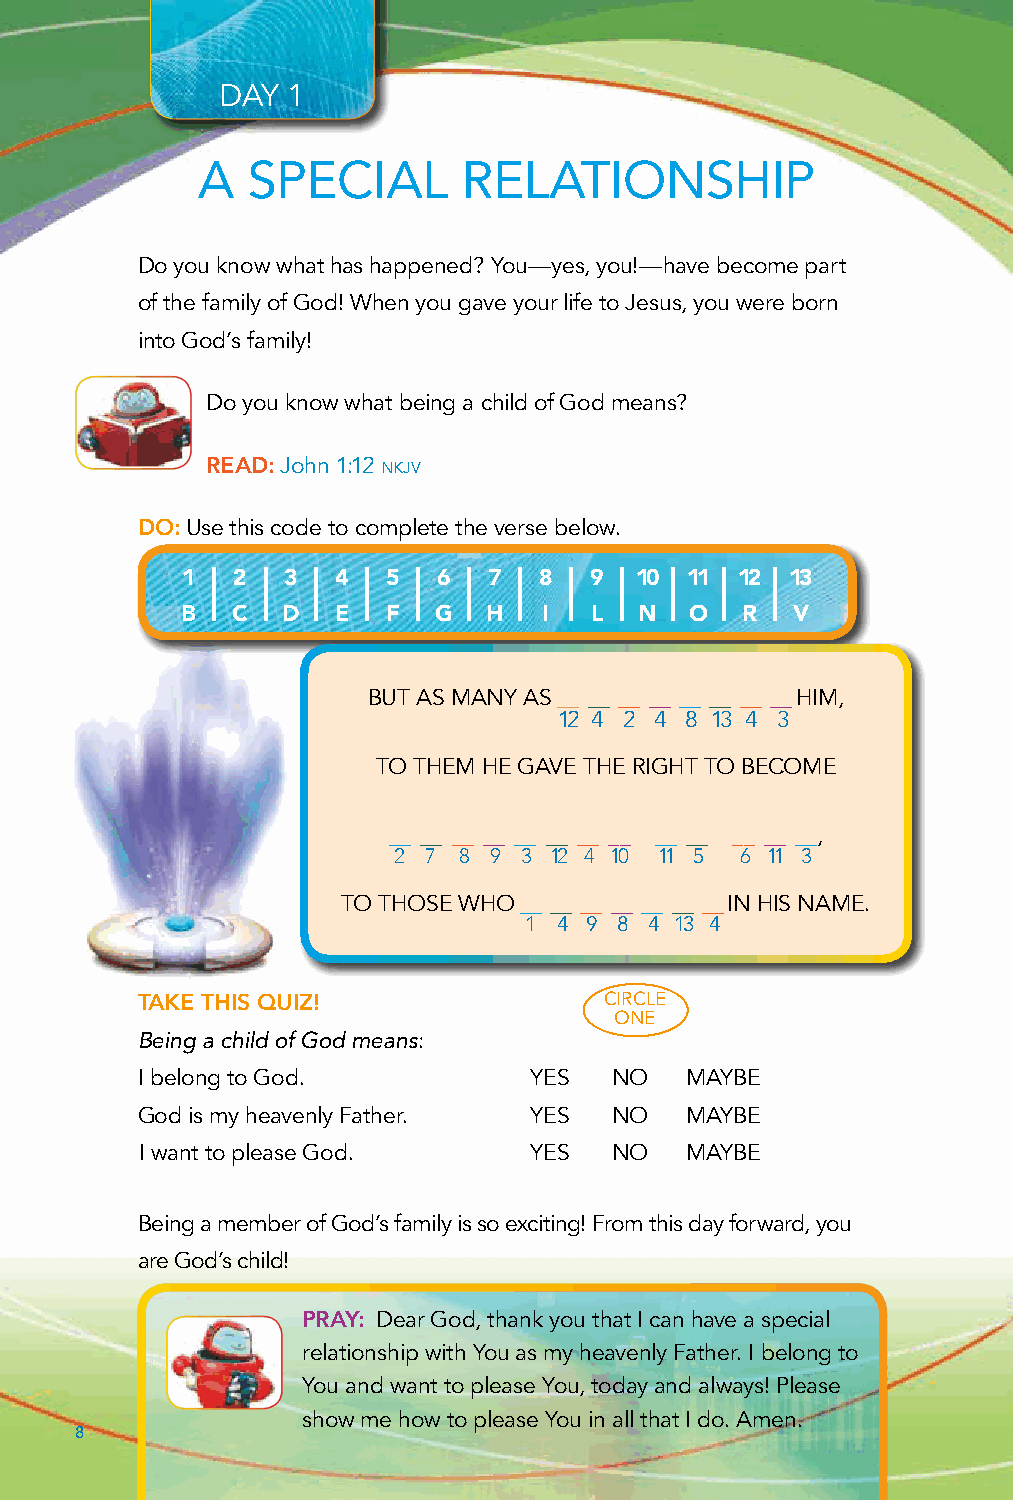
DAY 1
 A  SPECIAL        RELATIONSHIP
 Do you know what has happened? You—yes, you!—have become part
 of the family of God! When you gave your life to Jesus, you were born
 into God’s family!
 Do you know what being a child of God means?
 READ: John 1:12 nkjv
 DO: Use this code to complete the verse below.
 1  2   3  4   5  6  7   8  9  10 11  12 13
 B  C   D  E   F  G  H   I  L  N   O  R  V
 BUT AS MANY AS __ __ __ __ __ __ __ __ HIM,
 12 4 2 4 8 13 4 3
 TO THEM HE GAVE THE RIGHT TO BECOME
 __ __ __ __ __ __ __ __ __ __ __ __ __,
 2 7 8 9 3 12 4 10 11 5 6 11 3
 TO THOSE WHO __ __ __ __ __ __ __ IN HIS NAME.
 1 4 9 8 4 13 4
 TAKE THIS QUIZ!                CIRCLE
 ONE
 Being a child of God means:
 I belong to God.          YES  NO   MAYBE
 God is my heavenly Father. YES NO   MAYBE
 I want to please God.     YES  NO   MAYBE
 Being a member of God’s family is so exciting! From this day forward, you
 are God’s child!
 PRAY: Dear God, thank you that I can have a special
 relationship with You as my heavenly Father. I belong to
 You and want to please You, today and always! Please
 show me how to please You in all that I do. Amen.
 8